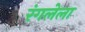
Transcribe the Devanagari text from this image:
रंगलेला